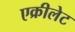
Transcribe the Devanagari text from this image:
एक्रीलेट